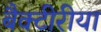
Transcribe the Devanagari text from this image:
बैक्टीरीया